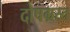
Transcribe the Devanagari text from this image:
दोषग्रस्त